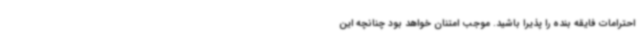
احترامات فایقه بنده را پذیرا باشید. موجب امتنان خواهد بود چنانچه این